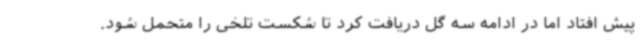
پیش افتاد اما در ادامه سه گل دریافت کرد تا شکست تلخی را متحمل شود.